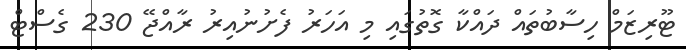
ޓޫރިޒަމް ހިސާބުތައް ދައްކާ ގޮތުގައި މި އަހަރު ފެށުނުއިރު ރާއްޖޭ 230 ގެސްޓް